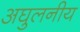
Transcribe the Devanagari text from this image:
अघुलनीय